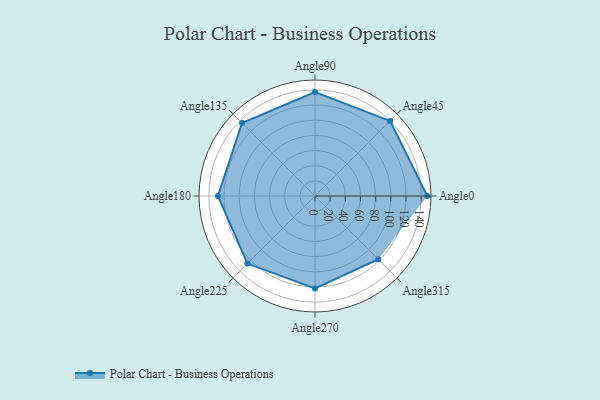
{"axis": {"x": "Angle", "y": "Radius"}, "legend": [""], "data": [{"x": "Angle0", "y": 148.0, "type": ""}, {"x": "Angle45", "y": 140.0, "type": ""}, {"x": "Angle90", "y": 137.0, "type": ""}, {"x": "Angle135", "y": 136.0, "type": ""}, {"x": "Angle180", "y": 128.0, "type": ""}, {"x": "Angle225", "y": 126.0, "type": ""}, {"x": "Angle270", "y": 122.0, "type": ""}, {"x": "Angle315", "y": 118.0, "type": ""}]}